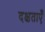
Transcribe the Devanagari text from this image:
दक्षताएँ